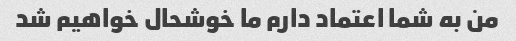
من به شما اعتماد دارم ما خوشحال خواهیم شد